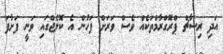
އަދި ރިސާޗް ޕްރޮގްރާމްތަކެއް ވެސް ވަރަށް ފަހުން އެ ކޮލެޖްގައި ވަނީ ފަށާފަ